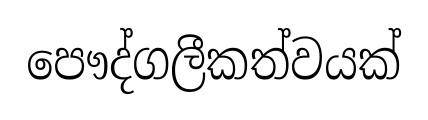
පෞද්ගලීකත්වයක්